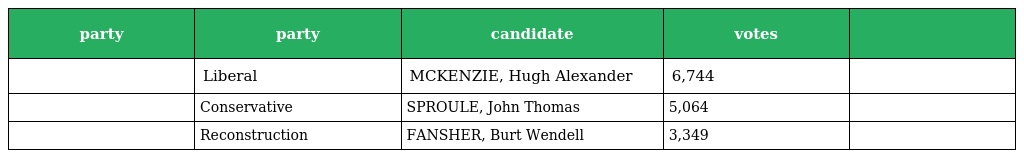
| party | party | candidate | votes |  |
 | --- | --- | --- | --- | --- |
 |  | Liberal | MCKENZIE, Hugh Alexander | 6,744 |  |
 |  | Conservative | SPROULE, John Thomas | 5,064 |  |
 |  | Reconstruction | FANSHER, Burt Wendell | 3,349 |  |